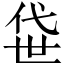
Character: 𫢫